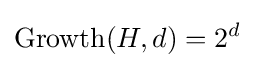
\operatorname {Growth} (H,d)=2^{d}